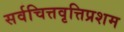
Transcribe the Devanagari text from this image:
सर्वचित्तवृत्तिप्रशम